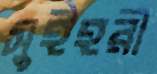
সুইহরী